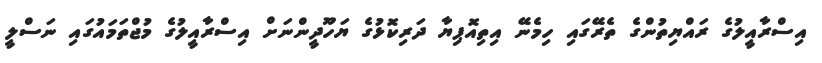
އިސްރާއީލުގެ ރައްޔިތުންގެ ތެރޭގައި ހިމެނޭ އިތިއޮޕިޔާ ދަރިކޮޅުގެ ޔަހޫދީންނަށް އިސްރާއީލުގެ މުޖްތަމައުގައި ނަސްލީ